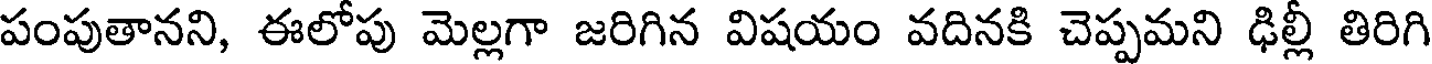
పంపుతానని, ఈలోపు మెల్లగా జరిగిన విషయం వదినకి చెప్పమని ఢిల్లీ తిరిగి